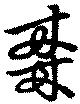
棗